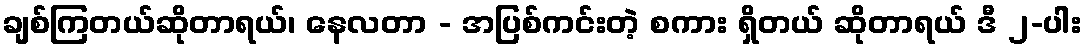
ချစ်ကြတယ်ဆိုတာရယ်၊ နေလတာ - အပြစ်ကင်းတဲ့ စကား ရှိတယ် ဆိုတာရယ် ဒီ ၂-ပါး